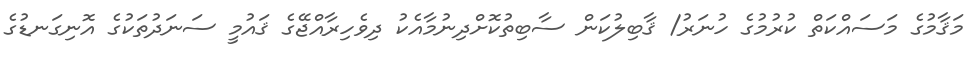
މަޤާމުގެ މަސައްކަތް ކުރުމުގެ ހުނަރު/ ޤާބިލުކަން ސާބިތުކޮށްދިނުމާއެކު ދިވެހިރާއްޖޭގެ ޤައުމީ ސަނަދުތަކުގެ އޮނިގަނޑުގެ